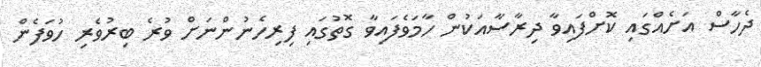
ދެހާސް އަށެއްގައި ކޮށްފައިވާ ދިރާސާއަކުން ހާމަވެފައިވާ ގޮތުގައި ފިރިހެނުންނަށް ވުރެ ބިރުވެރި ހުވަފެން